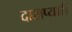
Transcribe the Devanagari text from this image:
दासप्यारी